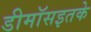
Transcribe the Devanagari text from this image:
डीमॉसइतके